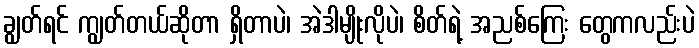
ချွတ်ရင် ကျွတ်တယ်ဆိုတာ ရှိတာပဲ၊ အဲဒါမျိုးလိုပဲ၊ စိတ်ရဲ့ အညစ်ကြေး တွေကလည်းပဲ